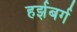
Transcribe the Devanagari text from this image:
हर्झबर्ग